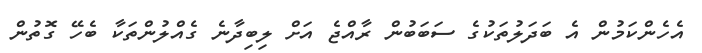
އެހެންކަމުން އެ ބަދަލުތަކުގެ ސަބަބުން ރާއްޖެ އަށް ލިބިދާނެ ގެއްލުންތަކާ ބެހޭ ގޮތުން